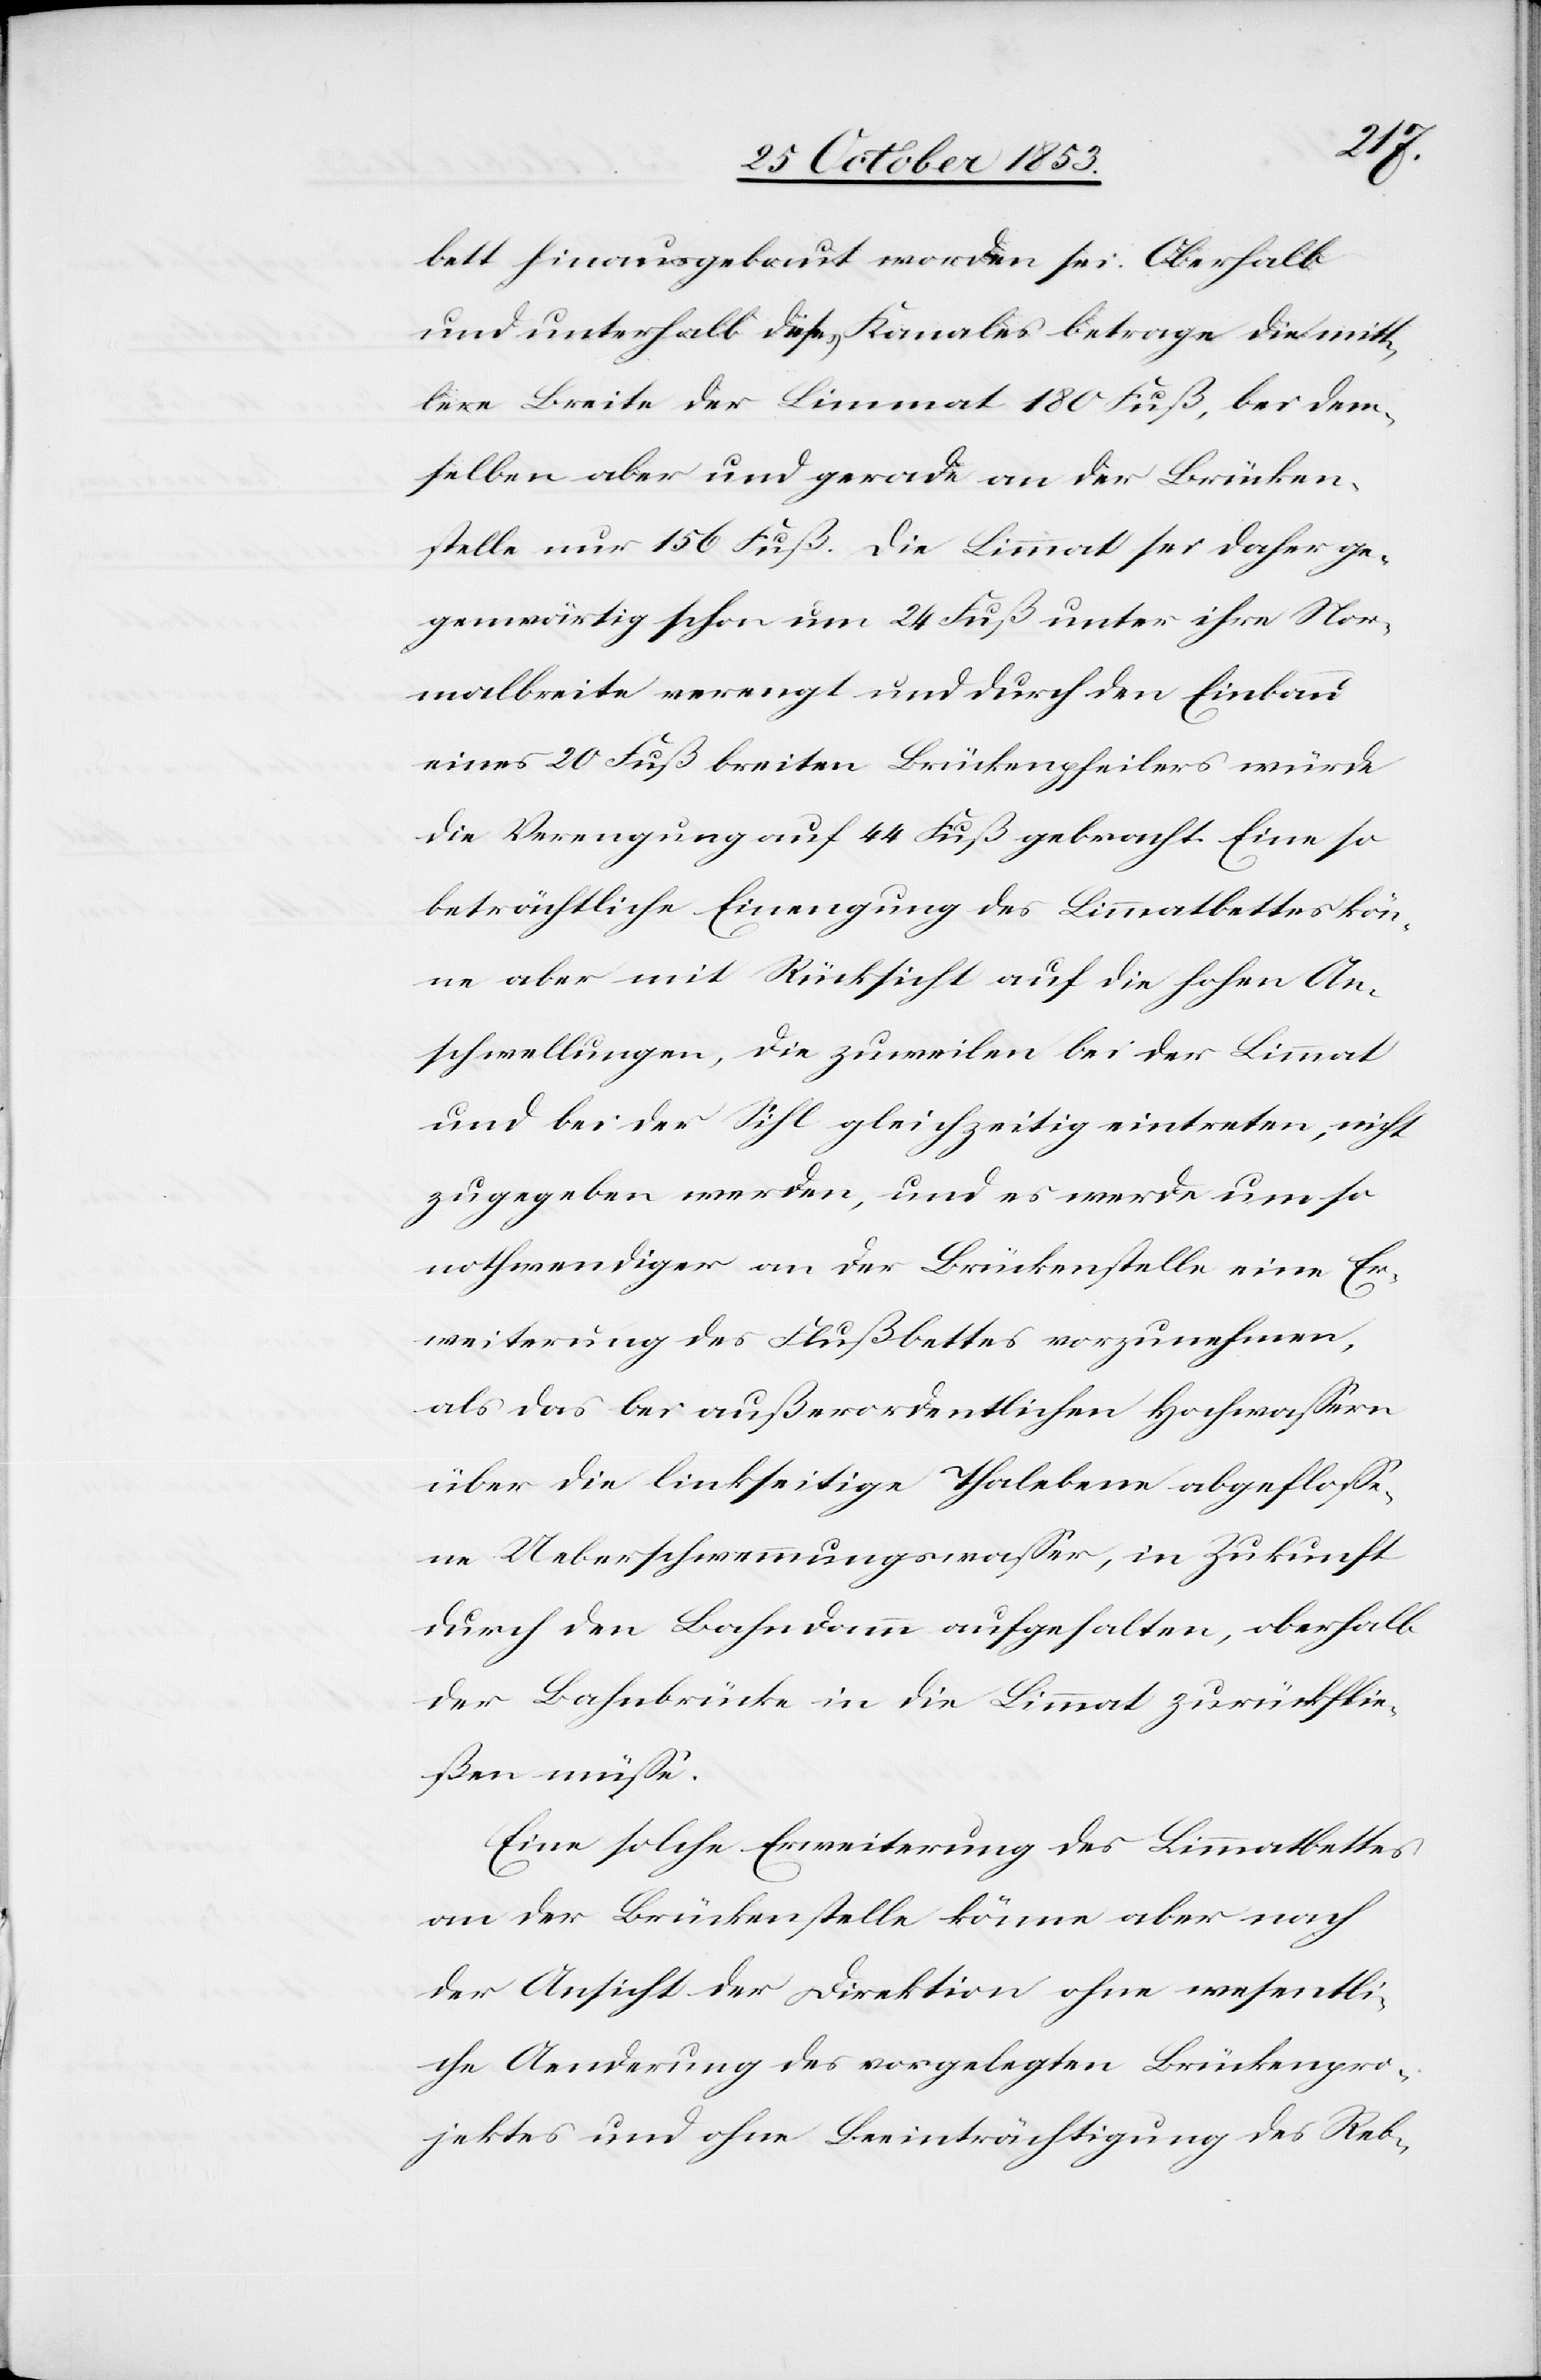
bett hinausgebaut worden sei. Oberhalb
und unterhalb dieses Kanales betrage die mitt¬
lere Breite der Limmat 180 Fuß, bei dem¬
selben aber und gerade an der Brücken¬
stelle nur 156 Fuß. Die Limmat sei daher ge¬
genwärtig schon um 24 Fuß unter ihre Nor¬
malbreite verengt und durch den Einbau
eines 20 Fuß breiten Brückenpfeilers würde
die Verengung auf 44 Fuß gebracht. Eine so
beträchtliche Einengung des Limmatbettes kön¬
ne aber mit Rücksicht auf die hohen An¬
schwellungen, die zuweilen bei der Limmat
und bei der Sihl gleichzeitig eintreten, nicht
zugegeben werden, und es werde umso
nothwendiger an die Brückenstelle eine Er¬
weiterung des Flußbettes vorzunehmen,
als das bei außerordentlichen Hochwaßers
über die linkseitige Thalebene abgefloße¬
ne Ueberschwemmungswaßer, in Zukunft
durch den Bahndamm aufgehalten, oberhalb
der Bahnbrücke in die Limmat zurückflie¬
ßen müße.
Eine solche Erweiterung des Limmatbettes
an der Brückenstelle könne aber nach
der Ansicht der Direktion ohne wesentli¬
che Aenderung des vorgelegten Brückenpro¬
jektes und ohne Beeinträchtigung des Reb-